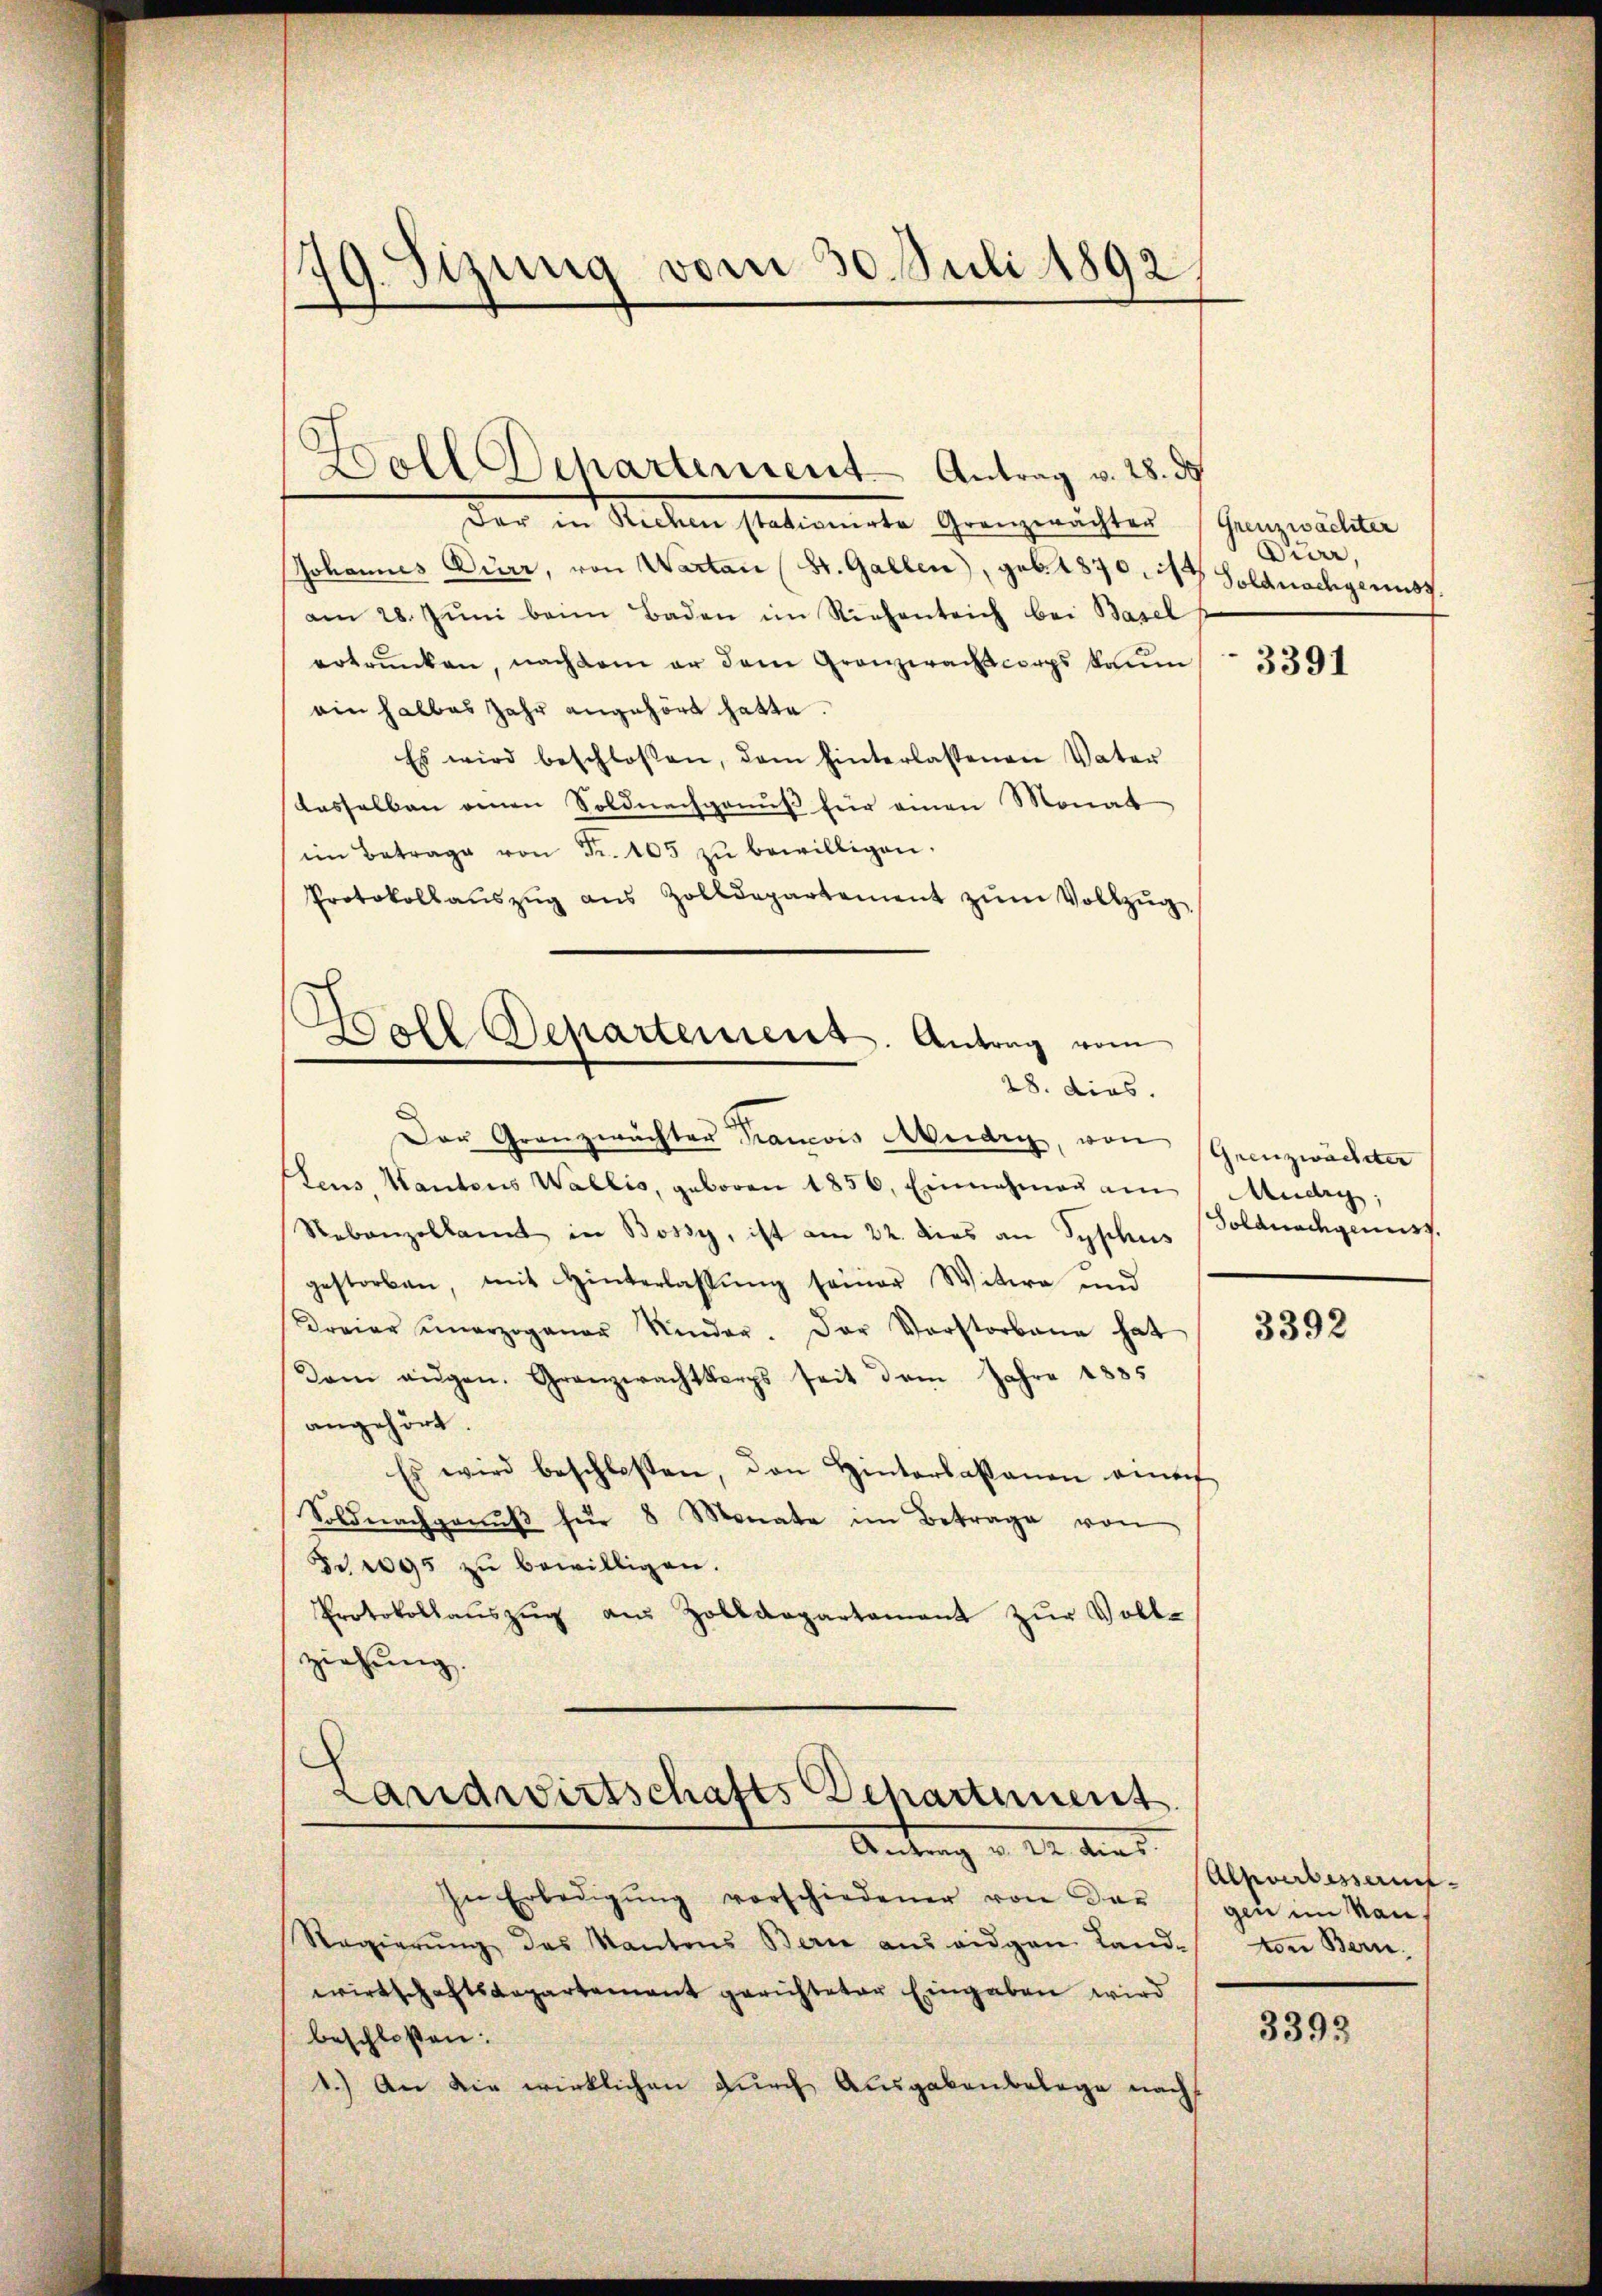
79. Sizung vom 30. Juli 1892

Woll Departement - Antrag v. 28. d.
Der in Richen stationirte Granzwachten (Grenzwachter
Johannes Dürr, von Warten (St. Gallen), geb. 1870. 21t Soldnachgenuss.
am 28. Jŭni beim Baden im Riehentrich bei Basel
ertrunken, nachdem er dem Granzwachscorps kaum
ein halbes Jahr angehört hatte.
Es wird beschlossen, dem hinterlassenen Vater
dasselben einen Soldnachgenuß für einen Monat
im Betrage von Fr. 105 zŭ bewilligen.
Protokollaŭszŭg aŭs Zolldepartement zŭm Vollzŭg.
h

5

Doll Departemens. Antrag vom
28. dies.

Das Granzwächter Francois Meidig, von Grenzwachte
Auw, Kantons Wallis, geboren 1856. Einnahmen an Mudry,
Nebenzollamt in Bossy, ist am 22. dies an Syphus (Soldnachgenuss.
gestorben, mit Hinterlassŭng seiner Witwe und
dreier unerzogener Kinder. Der Vorstorbene hat
Dam augen. Granzwachtkerps seit dem Jahre 1885
angehört.
Es wird beschlossen, den Hinterlassenen einer
Soldnachganŭβ für 8 Monate im Betrage von
Fr. 1095 zŭ bewilligen.
Protokollaŭszŭg aŭs Zolldepartament zŭr Vollziehung.
Landwirtschafts Departement

Antrag v. 22. dies

In Erledigŭng vorschiedener von der
Regierŭng des Kantons Berne ans eidgen Land-
wirtschaftsaegartement gerichteter Eingaben wird
beschlossen:
1.) An die wirklichen durch Ausgabenbelege nach

Miar,

3391

3392

Alpverbessant.
gen im Manvon Bern.

3393